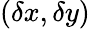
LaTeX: (\delta x,\delta y)